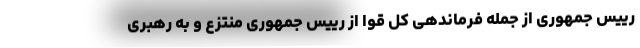
رییس جمهوری از جمله فرماندهی کل قوا از رییس جمهوری منتزع و به رهبری